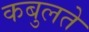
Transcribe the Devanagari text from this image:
कबुलते